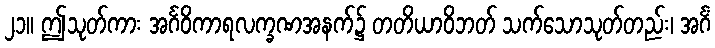
၂၁။ ဤသုတ်ကား အင်္ဂဝိကာရလက္ခဏအနက်၌ တတိယာဝိဘတ် သက်သောသုတ်တည်း၊ အင်္ဂံ